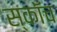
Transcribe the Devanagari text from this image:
स्काॅच